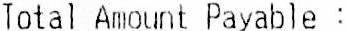
TOTAL AMOUNT PAYABLE :